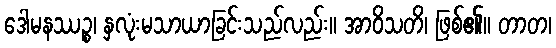
ဒေါမနဿဉ္စ၊ နှလုံးမသာယာခြင်းသည်လည်း။ အာဝိသတိ၊ ဖြစ်၏။ တာတ၊